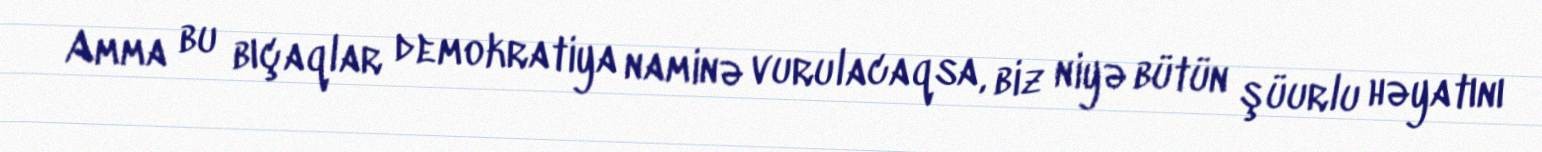
Amma bu bıçaqlar demokratiya naminə vurulacaqsa, biz niyə bütün şüurlu həyatını